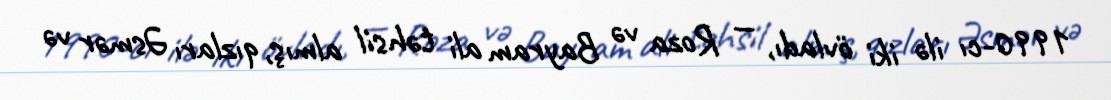
1990-cı ilə iki övladı, — Roza və Bayram ali təhsil almış, qızları Əsmər və